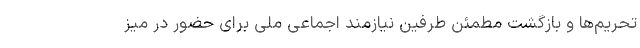
تحریم‌ها و بازگشت مطمئنِ طرفین نیازمند اجماعی ملّی ‌برای حضور در میز